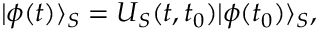
| \phi ( t ) \rangle _ { S } = U _ { S } ( t , t _ { 0 } ) | \phi ( t _ { 0 } ) \rangle _ { S } ,